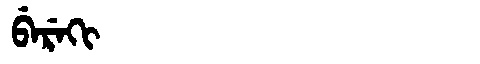
Manchu: ᠪᡝᡵᡝᡴᡳ
Romanization: BEREKI